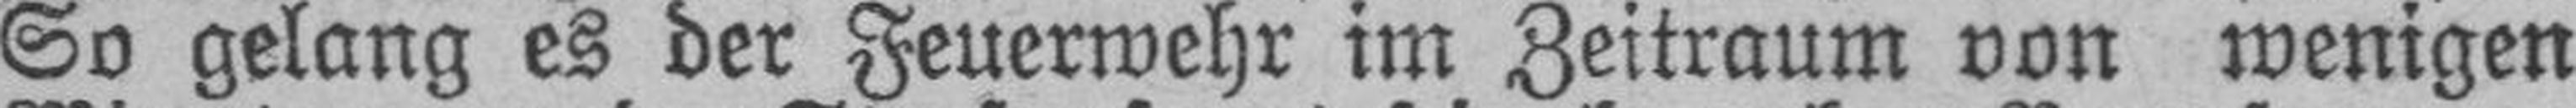
So gelang es der Feuerwehr im Zeitraum von wenigen